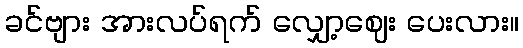
ခင်ဗျား အားလပ်ရက် လျှော့ဈေး ပေးလား။